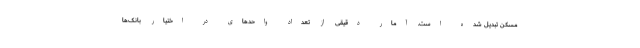
مسکن تبدیل شده است. آمار دقیقی از تعداد واحدهای در اختیار بانک‌ها